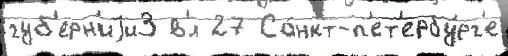
губ'ерн'иjи3 в'́л 27 Са́нкт-п'ет'ербу́рг'е